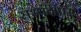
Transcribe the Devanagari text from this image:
सथ्यदीपम